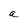
Character: a